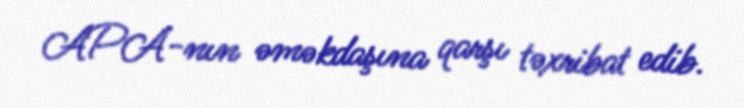
APA-nın əməkdaşına qarşı təxribat edib.